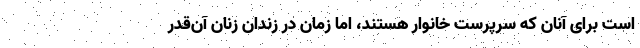
است برای آنان که سرپرست خانوار هستند، اما زمان در زندان زنان آن‌قدر